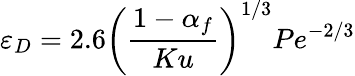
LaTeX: \varepsilon_{D}=2.6\left(\frac{1-\alpha_{f}}{Ku}\right)^{1/3}Pe^{-2/3}